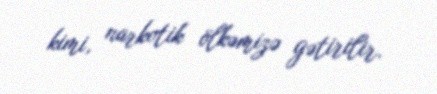
kimi, narkotik ölkəmizə gətirilir.